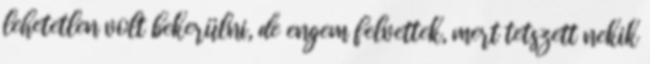
lehetetlen volt bekerülni, de engem felvettek, mert tetszett nekik